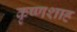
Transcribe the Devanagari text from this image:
कृष्णशाह